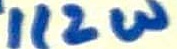
Text: 1/2W